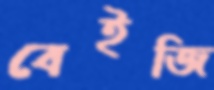
বেইজি